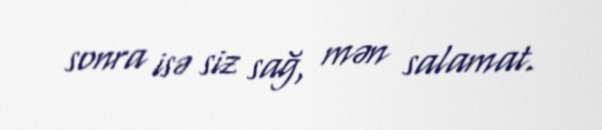
sonra isə siz sağ, mən salamat.